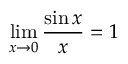
\operatorname* { l i m } _ { x \to 0 } { \frac { \sin x } { x } } = 1